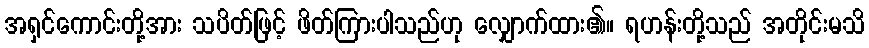
အရှင်ကောင်းတို့အား သပိတ်ဖြင့် ဖိတ်ကြားပါသည်ဟု လျှောက်ထား၏။ ရဟန်းတို့သည် အတိုင်းမသိ